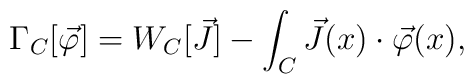
\Gamma_C [\vec{\varphi}] = W_C [\vec{J}] - \int_C \vec{J} (x) \cdot \vec{\varphi} (x) ,